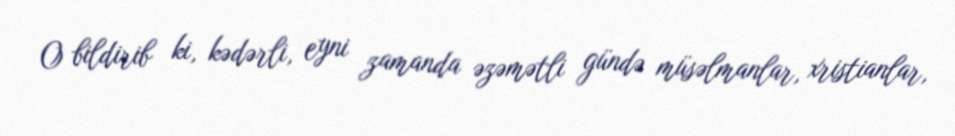
O bildirib ki, kədərli, eyni zamanda əzəmətli gündə müsəlmanlar, xristianlar,